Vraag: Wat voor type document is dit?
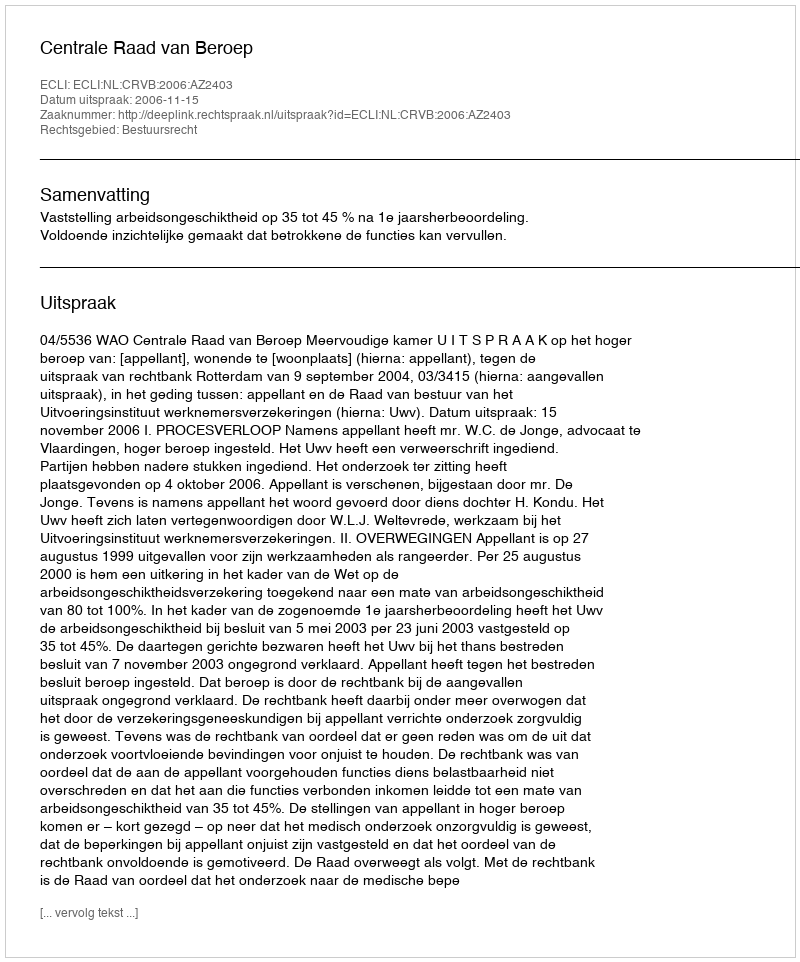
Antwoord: Uitspraak